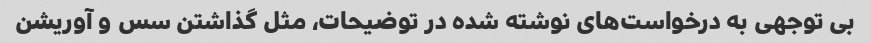
بی توجهی به درخواست‌های نوشته شده در توضیحات، مثل گذاشتن سس و آوریشن